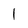
Character: 1